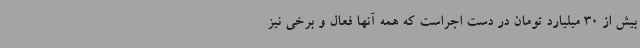
بیش از 30 میلیارد تومان در دست اجراست که همه آنها فعال و برخی نیز